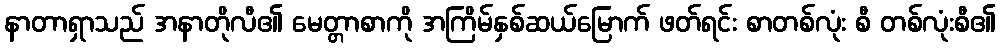
နာတာရှာသည် အနာတိုလီ၏ မေတ္တာစာကို အကြိမ်နှစ်ဆယ်မြောက် ဖတ်ရင်း စာတစ်လုံး စီ တစ်လုံးစီ၏